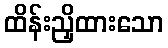
ထိန်းညှိထားသော